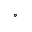
^ \circ